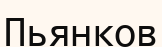
Пьянков